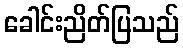
ခေါင်းညိတ်ပြသည်